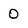
Character: 0